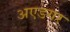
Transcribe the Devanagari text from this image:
अएडगर